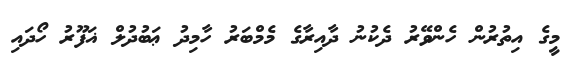
މީގެ އިތުރުން ހެންވޭރު ދެކުނު ދާއިރާގެ މެމްބަރު ހާމިދު ޢަބުދުލް ޣަފޫރު ހޯދައި